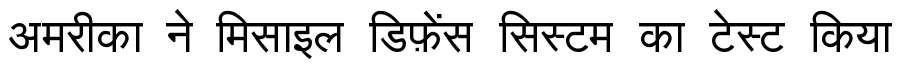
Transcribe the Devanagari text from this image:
अमरीका ने मिसाइल डिफ़ेंस सिस्टम का टेस्ट किया